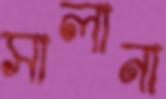
সালানা